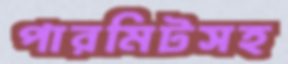
পারমিটসহ